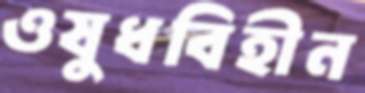
ওষুধবিহীন